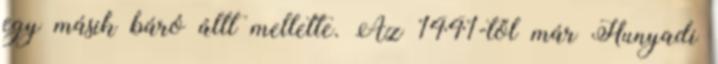
egy másik báró állt mellette. Az 1441-től már Hunyadi